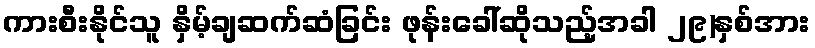
ကားစီးနိုင်သူ နှိမ့်ချဆက်ဆံခြင်း ဖုန်းခေါ်ဆိုသည့်အခါ ၂၉)နှစ်အား